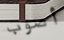
أصوب